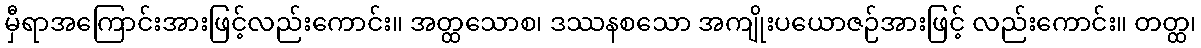
မှီရာအကြောင်းအားဖြင့်လည်းကောင်း။ အတ္ထသောစ၊ ဒဿနစသော အကျိုးပယောဇဉ်အားဖြင့် လည်းကောင်း။ တတ္ထ၊